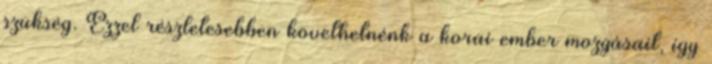
szükség. Ezzel részletesebben követhetnénk a korai ember mozgásait, így